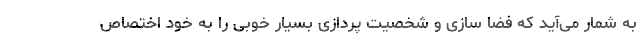
به شمار می‌‌آید که فضا سازی و شخصیت پردازی بسیار خوبی را به خود اختصاص